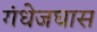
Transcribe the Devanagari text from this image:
गंधेजघास